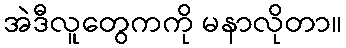
အဲဒီလူတွေကကို မနာလိုတာ။